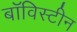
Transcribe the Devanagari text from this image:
बॉविस्टीन